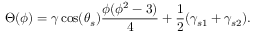
\small \Theta ( \phi ) = \gamma \cos ( \theta _ { s } ) \frac { \phi ( \phi ^ { 2 } - 3 ) } { 4 } + \frac { 1 } { 2 } ( \gamma _ { s 1 } + \gamma _ { s 2 } ) .